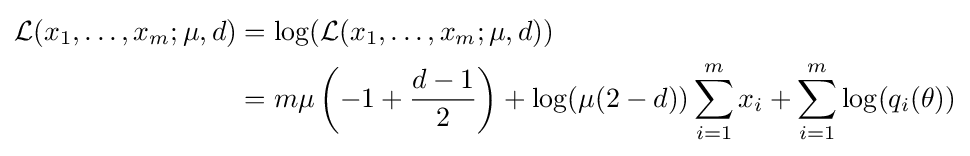
{\begin{aligned}{\mathcal {L}}(x_{1},\ldots ,x_{m};\mu ,d)&=\log({\mathcal {L}}(x_{1},\ldots ,x_{m};\mu ,d))\\&=m\mu \left(-1+{\frac {d-1}{2}}\right)+\log(\mu (2-d))\sum _{i=1}^{m}x_{i}+\sum _{i=1}^{m}\log(q_{i}(\theta ))\end{aligned}}